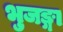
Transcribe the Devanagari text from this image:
भुजङ्गा